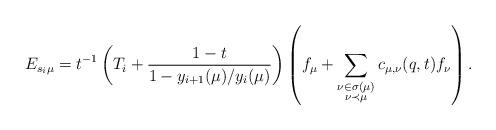
LaTeX: \begin{align*}E_{s_i\mu}&=t^{-1}\left( T_i + \frac{1-t}{1-y_{i+1}(\mu)/y_i(\mu)} \right)\left(f_{\mu}+\sum_{\substack{\nu \in \sigma(\mu) \\ \nu \prec \mu}}c_{\mu,\nu}(q,t)f_{\nu}\right).\end{align*}